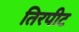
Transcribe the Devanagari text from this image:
तिरपीट